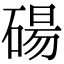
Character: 碭